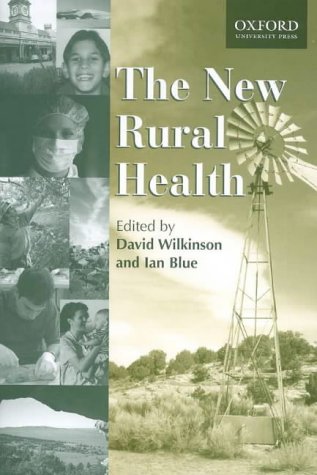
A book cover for The New Rural Health; Ian Blue; Medical Books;